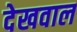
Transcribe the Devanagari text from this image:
देखवाल